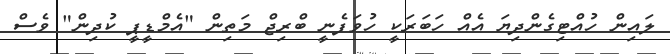
ލައިން ހުއްޓިގެންދިޔަ އެއް ހަބަރަކީ ހުވަފެނީ ބްރިޖް މަތިން "އެމްޑީޕީ ކުދިން" ވެސް